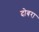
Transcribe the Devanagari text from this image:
दोबरा